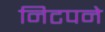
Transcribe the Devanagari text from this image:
निटपने